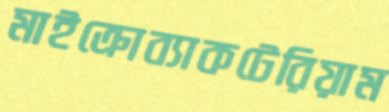
মাইক্রোব্যাকটেরিয়াম